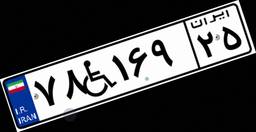
۷۸W۱۶۹۲۵